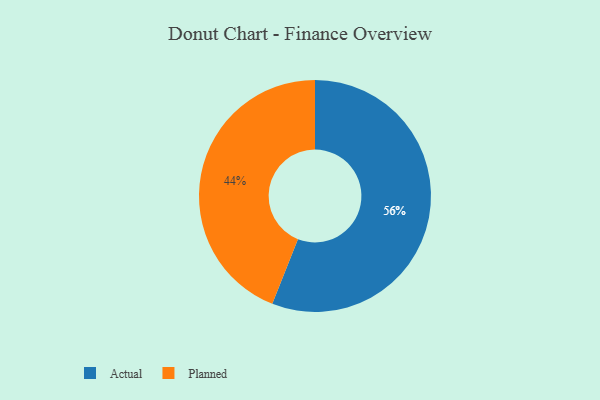
{"axis": {"x": "Category", "y": "Percentage"}, "legend": ["Actual", "Planned"], "data": [{"x": "Planned", "y": 44, "type": "Planned"}, {"x": "Actual", "y": 56, "type": "Actual"}]}